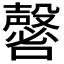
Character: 𡄈